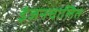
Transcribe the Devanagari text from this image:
इंजनचालित